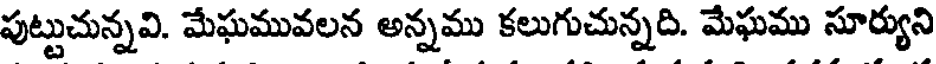
పుట్టుచున్నవి. మేఘమువలన అన్నము కలుగుచున్నది. మేఘము సూర్యుని